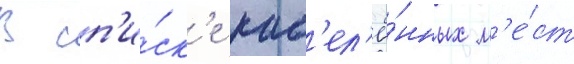
В сп'и́ск'е нас'ел'ё́нных м'е́ст